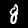
Digit: 8